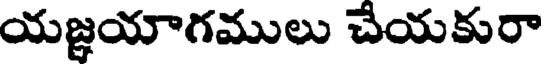
యజ్ఞయాగములు చేయకురా